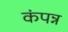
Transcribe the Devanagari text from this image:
कंपन्न